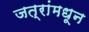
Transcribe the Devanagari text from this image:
जत्रांमधून